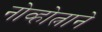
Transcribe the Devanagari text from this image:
नोव्होत्नाने